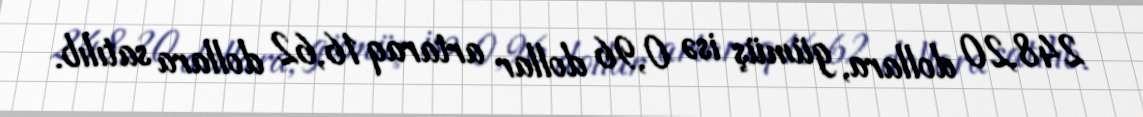
248,20 dollara, gümüş isə 0,96 dollar artaraq 16,62 dollara satılıb.